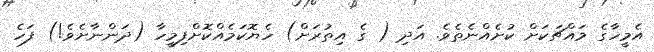
އެމީހާގެ މައްޗަކަށް ކުށެއްނެތެވެ. އަދި ( ގެ އިތުރަށް) ހެޔޮކަމެއްކޮށްފިމީހާ (ދަންނާށެވެ!) ފަހެ